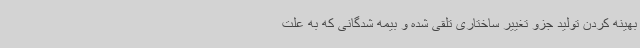
بهینه کردن تولید جزو تغییر ساختاری تلقی شده و بیمه شدگانی که به علت